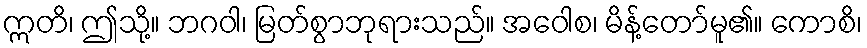
ဣတိ၊ ဤသို့။ ဘဂဝါ၊ မြတ်စွာဘုရားသည်။ အဝေါစ၊ မိန့်တော်မူ၏။ ကောစိ၊